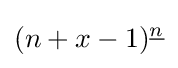
(n+x-1)^{\underline {n}}